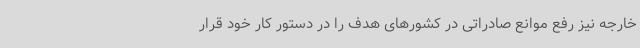
خارجه نیز رفع موانع صادراتی در کشورهای هدف را در دستور کار خود قرار